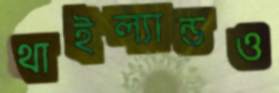
থাইল্যান্ডও